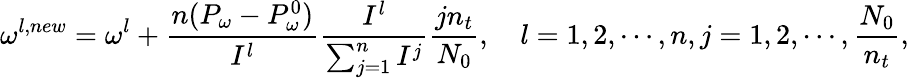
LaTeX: \omega^{l,new}=\omega^{l}+\frac{n(P_{\omega}-P_{\omega}^{0})}{I^{l}}\frac{I^{l}}{\sum_{j=1}^{n}I^{j}}\frac{jn_{t}}{N_{0}},\quad l=1,2,\cdots,n,j=1,2,\cdots,\frac{N_{0}}{n_{t}},